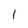
Character: 1